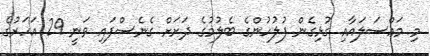
މި މައްސަލައާއި ގުޅިގެން ފުލުހުންގެ ބެލުމުގެ ދަށަށް ގެނެސްފައި ވަނީ 29 އަހަރުގެ